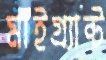
মাইগ্র্যান্ট